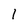
Character: 1